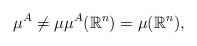
LaTeX: \begin{align*}\mu^A\ne\mu\mu^A(\mathbb R^n)=\mu(\mathbb R^n),\end{align*}